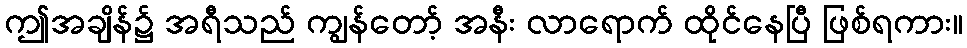
ဤအချိန်၌ အရီသည် ကျွန်တော့် အနီး လာရောက် ထိုင်နေပြီ ဖြစ်ရကား။